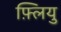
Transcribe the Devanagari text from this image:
फ़्लियु